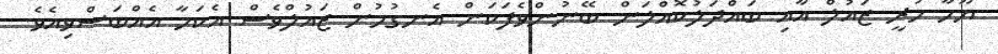
ޔޫހާ ހުރީ ޒައުލް އާއި ބައްދަލުކޮއްލަން ބޭނުންވެފަކަން އެނގުމުން ޒައުލްވެސް އެކަމާ އެއްބަސްވިއެވެ.